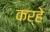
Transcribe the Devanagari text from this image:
कर्हे